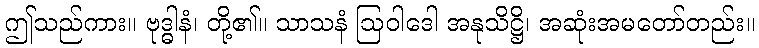
ဤသည်ကား။ ဗုဒ္ဓါနံ၊ တို့၏။ သာသနံ ဩဝါဒေါ အနုသိဋ္ဌိ၊ အဆုံးအမတော်တည်း။